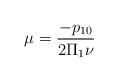
LaTeX: \begin{align*}\mu=\frac{-p_{10}}{2\Pi_1 \nu}\end{align*}